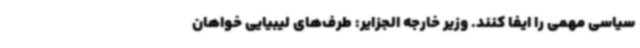
سیاسی مهمی را ایفا کنند. وزیر خارجه الجزایر: طرف‌های لیبیایی خواهان